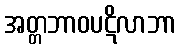
အတ္တဘာဝပဋိလာဘာ